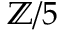
\mathbb { Z } / 5